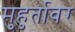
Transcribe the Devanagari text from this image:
मुहुर्तावर